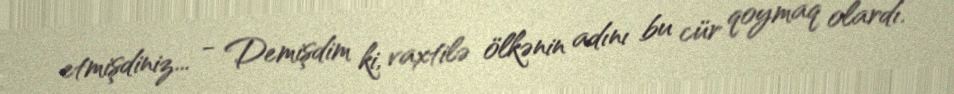
etmişdiniz... - Demişdim ki, vaxtilə ölkənin adını bu cür qoymaq olardı.